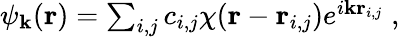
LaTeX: \begin{array}{r}{\psi_{\mathbf{k}}(\mathbf{r})=\sum_{i,j}c_{i,j}\chi(\mathbf{r}-\mathbf{r}_{i,j})e^{i\mathbf{k}\mathbf{r}_{i,j}}\; ,}\end{array}